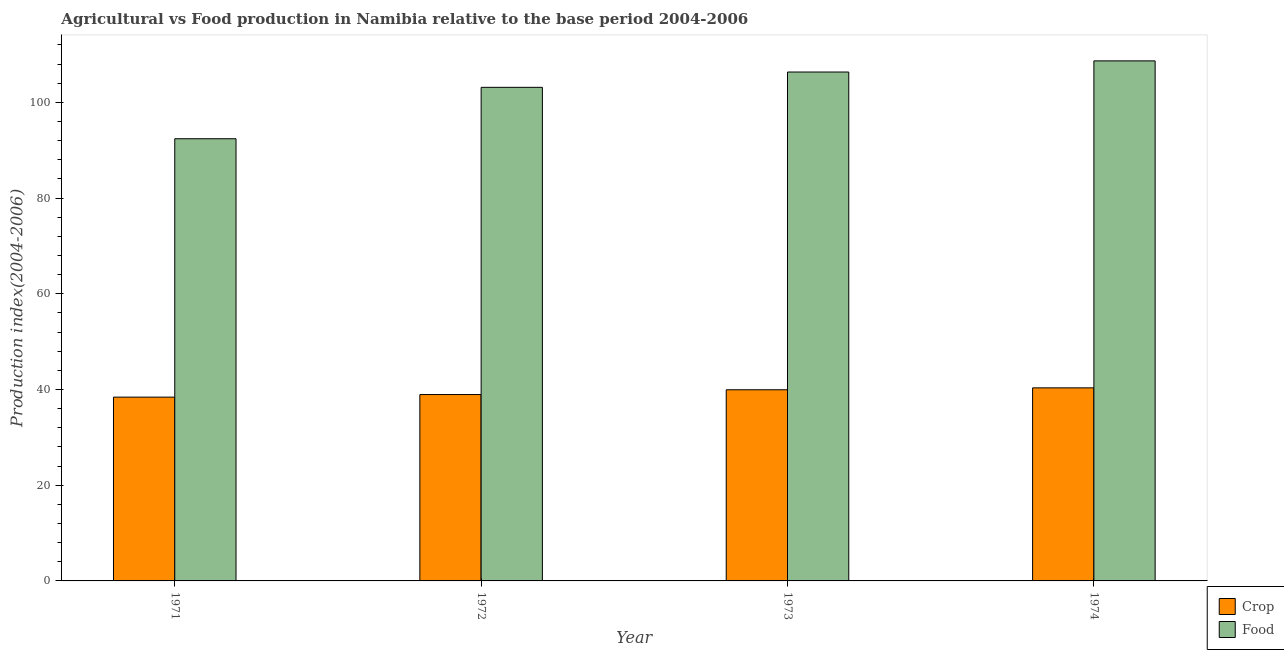
| Year | Crop | Food |
 | --- | --- | --- |
 | 1971 | 38.4 | 92.4 |
 | 1972 | 38.9 | 103 |
 | 1973 | 39.9 | 106 |
 | 1974 | 40.3 | 109 |